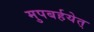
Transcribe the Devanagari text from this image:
मुपबर्हयेत्